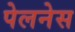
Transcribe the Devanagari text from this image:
पेलनेस